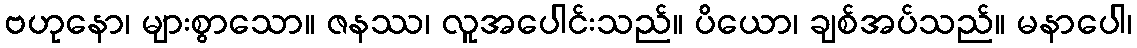
ဗဟုနော၊ များစွာသော။ ဇနဿ၊ လူအပေါင်းသည်။ ပိယော၊ ချစ်အပ်သည်။ မနာပေါ၊